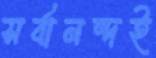
সর্বানন্দই